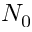
N _ { 0 }